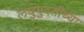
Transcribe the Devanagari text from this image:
लघुमुदतीच्‍या